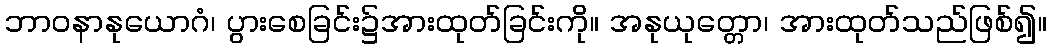
ဘာဝနာနုယောဂံ၊ ပွားစေခြင်း၌အားထုတ်ခြင်းကို။ အနုယုတ္တော၊ အားထုတ်သည်ဖြစ်၍။